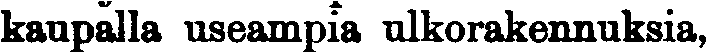
kaupalla useampia ulkorakennuksia,